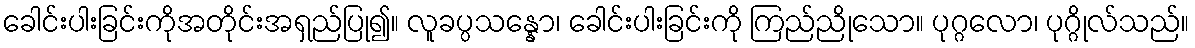
ခေါင်းပါးခြင်းကိုအတိုင်းအရှည်ပြု၍။ လူခပ္ပသန္နော၊ ခေါင်းပါးခြင်းကို ကြည်ညိုသော။ ပုဂ္ဂလော၊ ပုဂ္ဂိုလ်သည်။